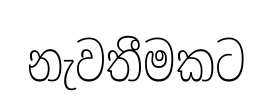
නැවතීමකට